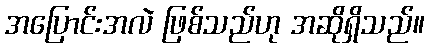
အပြောင်းအလဲ ဖြစ်သည်ဟု အဆိုရှိသည်။